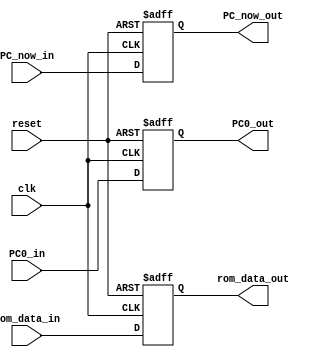
`timescale 1ns / 1ps
//////////////////////////////////////////////////////////////////////////////////
// Company: 
// Engineer: 
// 
// Design Name: 
// Module Name: IF_ID
// Project Name: 
// Target Devices: 
// Tool Versions: 
// Description: 
// 
// Dependencies: 
// 
// Revision:
// Revision 0.01 - File Created
// Additional Comments:
// 
//////////////////////////////////////////////////////////////////////////////////


module IF_ID(
        input [15:0] PC0_in, // PC0 = PCOut + 1;
        input [31:0] rom_data_in,
        input [15:0] PC_now_in,
        input clk,
        input reset,
        output reg [15:0] PC0_out,
        output reg [31:0] rom_data_out,
        output reg [15:0] PC_now_out
    );
    
    always@(posedge clk or negedge reset)
    begin
        if(~reset)
        begin
            PC0_out <= 0;
            rom_data_out <= 0;
            PC_now_out <= 0;
        end
        else
        begin
            PC0_out <= PC0_in;
            rom_data_out <= rom_data_in;
            PC_now_out <= PC_now_in;
        end
    end
endmodule